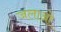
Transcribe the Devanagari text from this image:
जलाओ